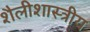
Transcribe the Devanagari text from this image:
शैलीशास्त्रीय